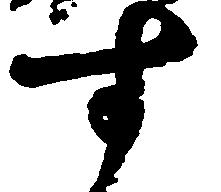
す